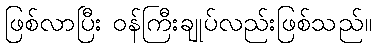
ဖြစ်လာပြီး ဝန်ကြီးချုပ်လည်းဖြစ်သည်။